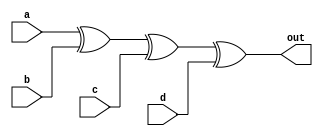
module top_module(
    input a,
    input b,
    input c,
    input d,
    output out  ); 
    
    assign out = a ^ b ^ c ^ d;    //kmap simplfies to XOR
    
endmodule